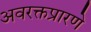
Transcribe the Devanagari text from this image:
अवरक्तप्रारणे